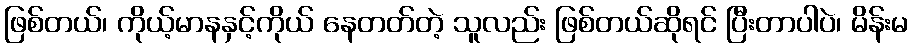
ဖြစ်တယ်၊ ကိုယ့်မာနနှင့်ကိုယ် နေတတ်တဲ့ သူလည်း ဖြစ်တယ်ဆိုရင် ပြီးတာပါပဲ၊ မိန်းမ